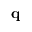
\mathbf { q }